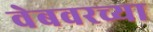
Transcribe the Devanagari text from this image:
वेबवरच्या